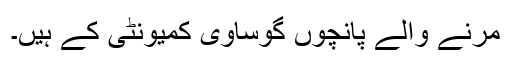
مرنے والے پانچوں گوساوی کمیونٹی کے ہیں۔